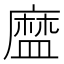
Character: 𥂓